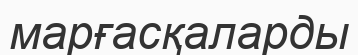
марғасқаларды